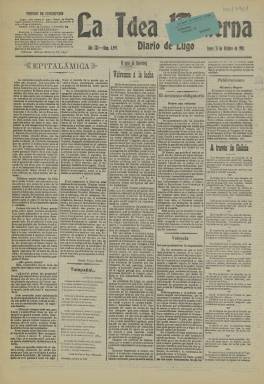
Título: La Idea moderna
Colección: Periódicos
Ámbito geográfico: Lugo
Lugar de publicación: Lugo
Fechas: 31/10/1910-31/10/1910